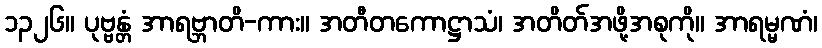
၁၃၂၆။ ပုဗ္ဗန္တံ အာရဗ္ဘာတိ-ကား။ အတီတကောဋ္ဌာသံ၊ အတိတ်အဖို့အစုကို။ အာရမ္မဏံ၊